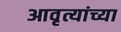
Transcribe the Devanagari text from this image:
आवृत्यांच्या